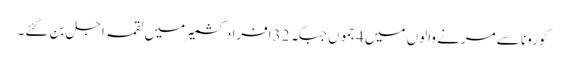
کورونا سے مرنے والوں میں 4جموں جبکہ 32افراد کشمیر میں لقمہ اجل بن گئے۔